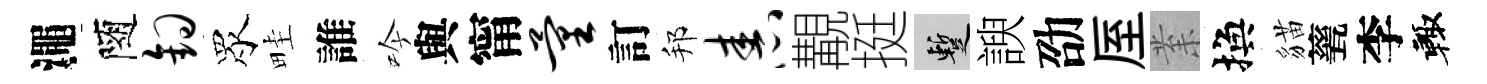
澠隨钩眾畦誰吟與甯量訂邦舂覯挺暫諛劭厔𭪙換貓甆李輙